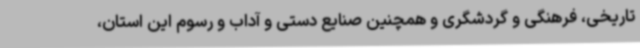
تاریخی، فرهنگی و گردشگری و همچنین صنایع دستی و آداب و رسوم این استان،